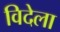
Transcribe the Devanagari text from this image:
विदेला